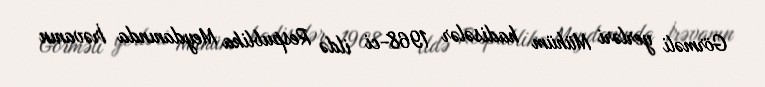
Görməli yerləri Mühüm hadisələr 1968-ci ildə Respublika Meydanında İrəvanın